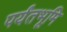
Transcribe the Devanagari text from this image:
पर्यंतभूमि